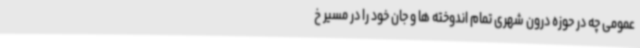
عمومی چه در حوزه درون شهری تمام اندوخته ها و جان خود را در مسیر خ